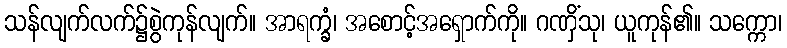
သန်လျက်လက်၌စွဲကုန်လျက်။ အာရက္ခံ၊ အစောင့်အရှောက်ကို။ ဂဏှိံသု၊ ယူကုန်၏။ သက္ကော၊